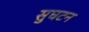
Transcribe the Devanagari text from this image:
सुघटन